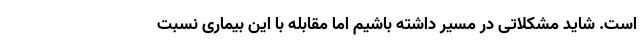
است. شاید مشکلاتی در مسیر داشته باشیم اما مقابله با این بیماری نسبت